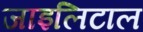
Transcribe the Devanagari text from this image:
जाइलिटाल